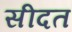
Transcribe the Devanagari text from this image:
सीदत